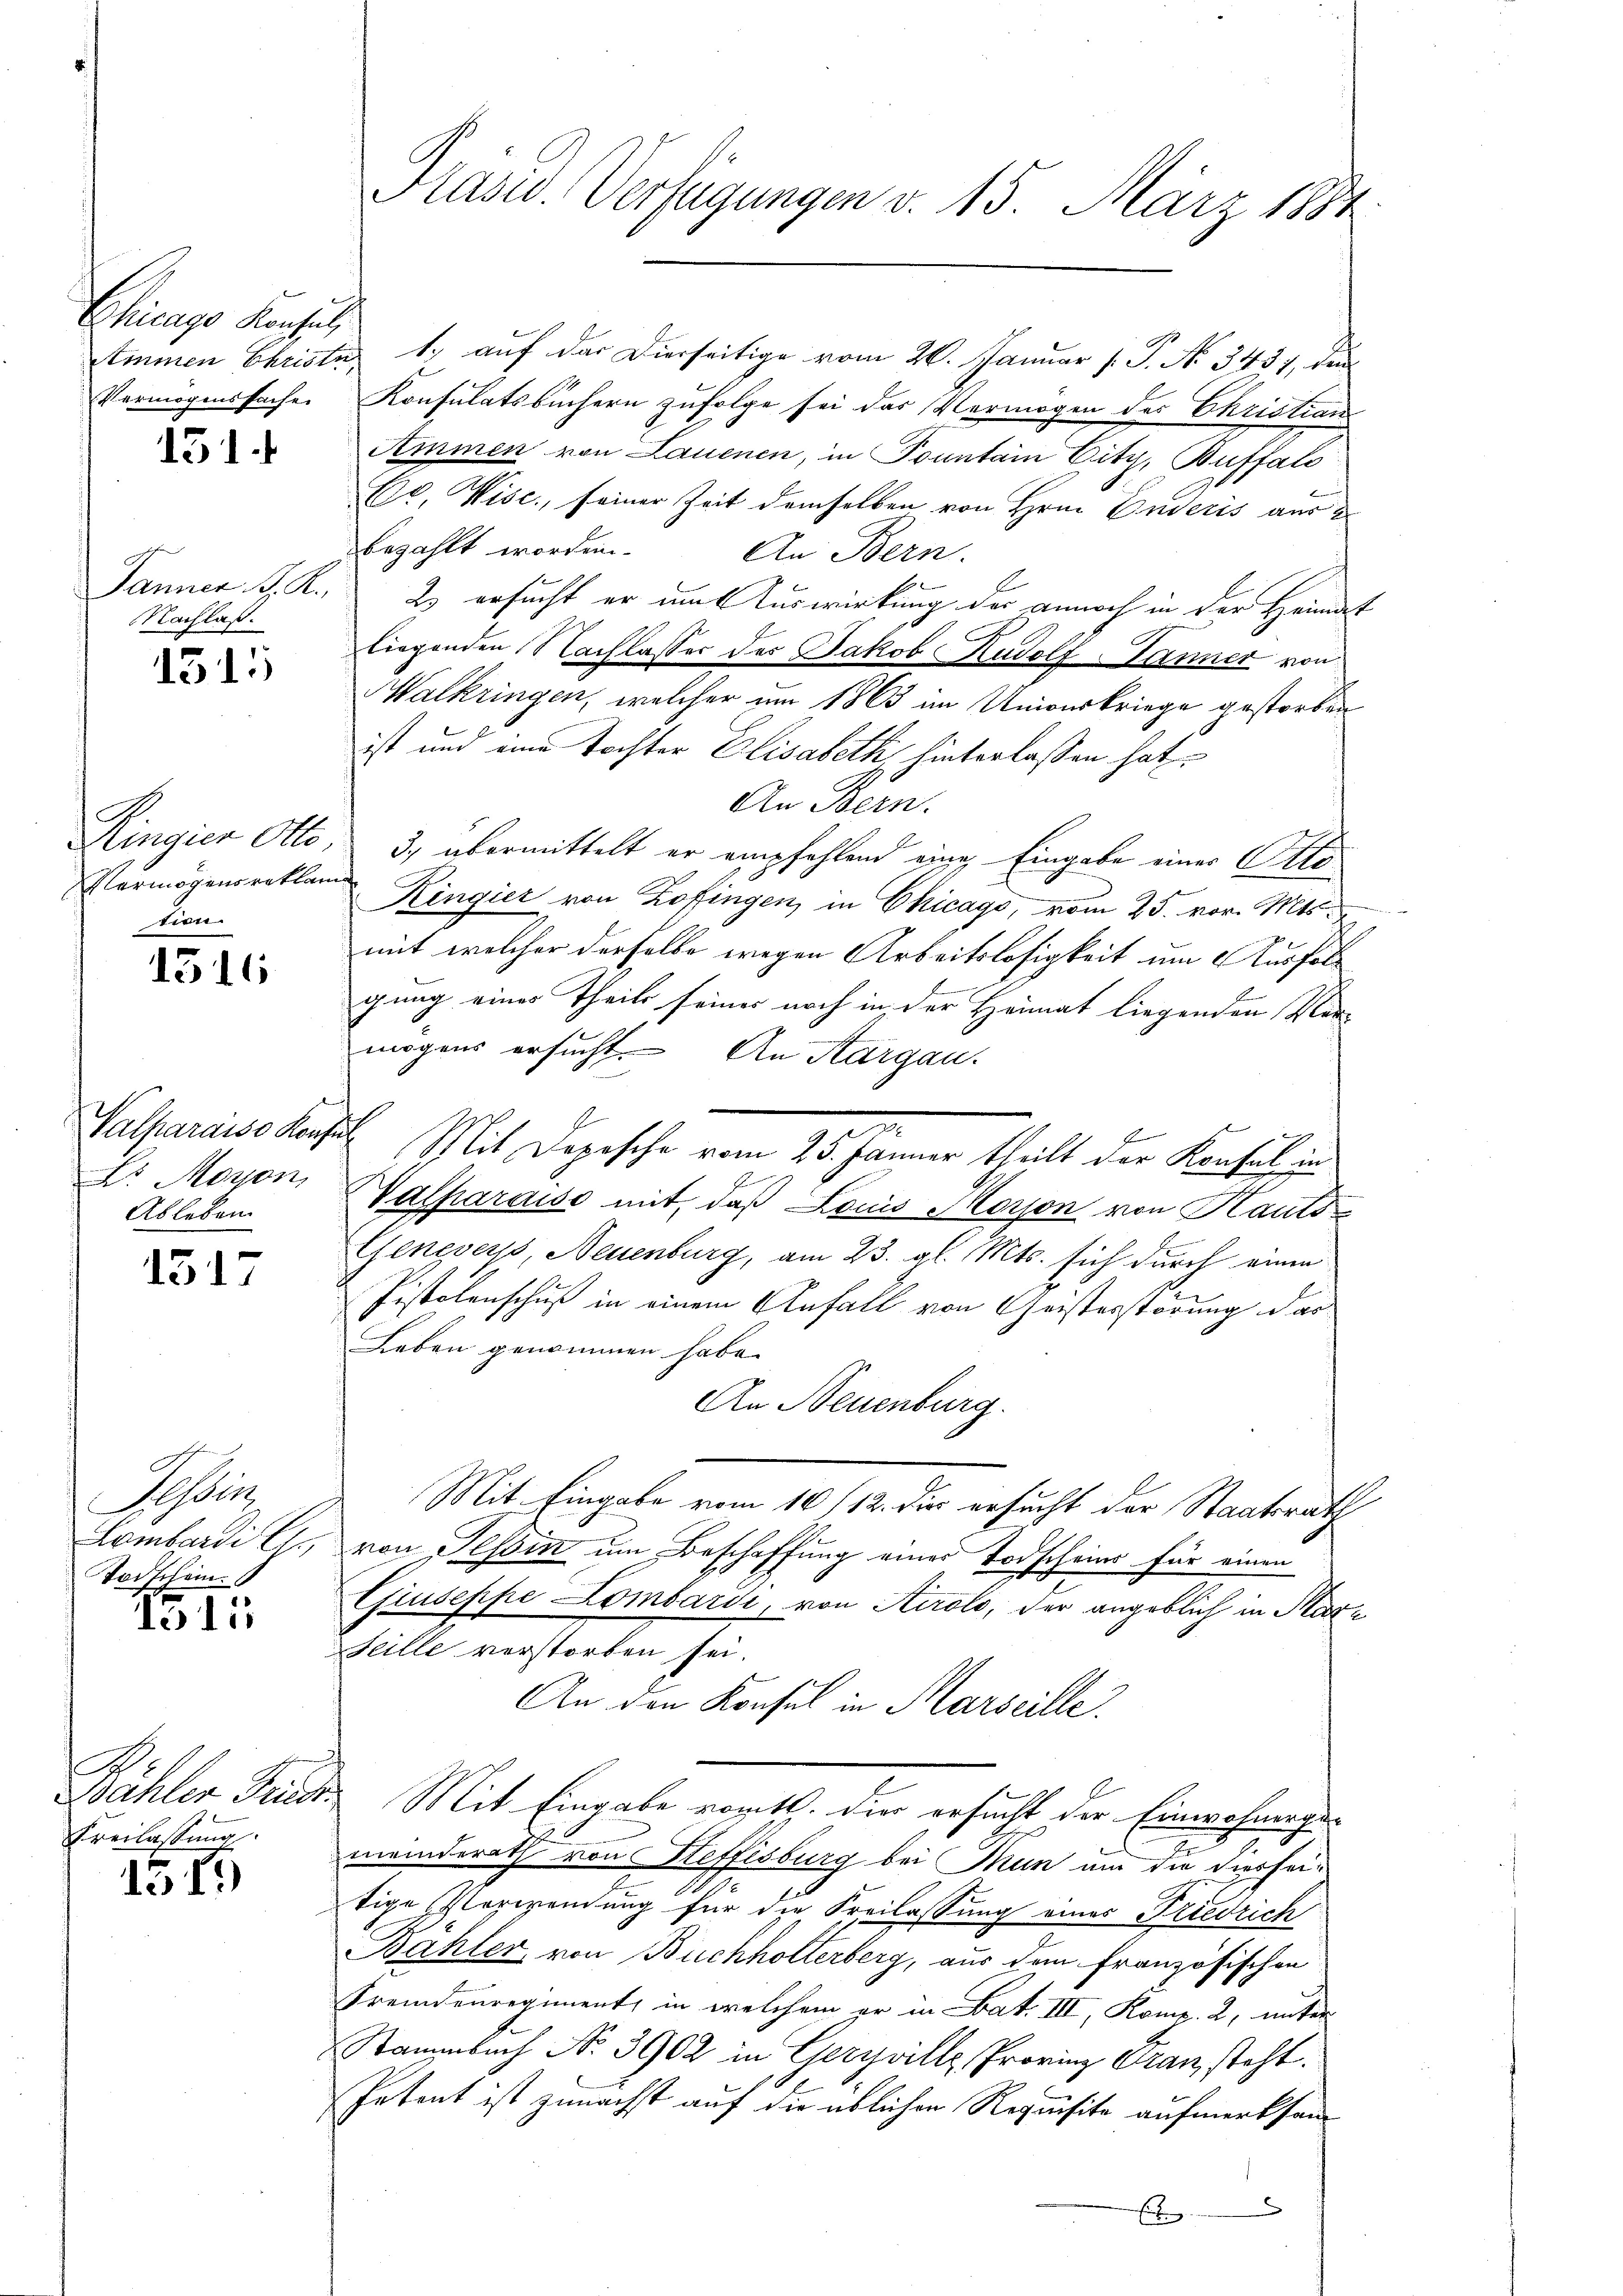
Chicago Konsul

151

Nachlaß.

1515

Vermögens reklama
tien.

1316

Valparaiso Kenfel
Dr. Mayon,
Ableben.

1517

Seder
Lombardi 1
Todschein.

1315

h
Freilassung.

15)

Präsid. Verfügungen v. 15. März 1884

Stimmen Christe 1. auf der Dierseitige vom 26. Januar [ P. No. 3437, dur
Vermögenssachen Konsulatsbüchern zufolge sei das Vermögen des Christian
Ammen von Lauenen, in Tountain City, Buffalo
Er, Visc., seiner Zeit demselben von Hrn. Enderis aus 2
bezahlt worden.
An Bern.
Janner K. K. 2) ersucht er um Auswirkung der annoch in der Heimat
liegenden Nachlasser des Jakob Rudolf-Jänner von
alkringen, welcher um 1863 im Univerkriege gestorben
ist und eine Tochter Elisabeth, hinterlassen hat.
An Bern.
Ringier Otto, 3., übermittelt er empfehlend eine Eingabe einer Otto¬
Ringier von Zofingen, in Chicago, vom 25. vor. Mts.
mit welcher derselbe wegen Arbeitslosigkeit um Ausfer
gung eines Theils seiner noch in der Heimat liegenden Klar-
mögens ersucht. An Aargau.
E
g
i
Valparaiso mit, daß Louis Morson von Hauts
Genevers, Neuenburg, am 23. gl. Mts. sich durch einen
Pistolenschuß in einem Anfall von Geisterstörung das
Leben genommen habe.
An Neuenburg.
Mit Eingabe vom 10/12. die ersucht der Staatsrath
von Tessin um Beschaffung einer Todscheins für einen
Giuseppe Lombardi, von Airolo, der angeblich in Mar¬
Feille verstorben sei.
An den Konsul in Marseille.
Wahler Friedt. Mit Eingabe romtl. die ersucht der Einwohnergemeinderath von Steffisburg bei Tun um die diesseitige Verwendung für die Freilassung eines Friedrich
Bahler, von Buchholterberg, aus dem französischen
Fremdenregiment, in welchem er in Bat. III, Komp. 2, unter
Stammbach No. 3902 in Geryville Provinz Gran steht.
Petent ist zunächst auf die üblichen Requisite aufmerksam
e
E

.
Mit Dopesche vom 25. Jänner theilt der Konfel in